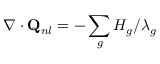
\nabla \cdot { { \bf { Q } } _ { n l } } = - \sum _ { g } { { H _ { g } } / { \lambda _ { g } } }